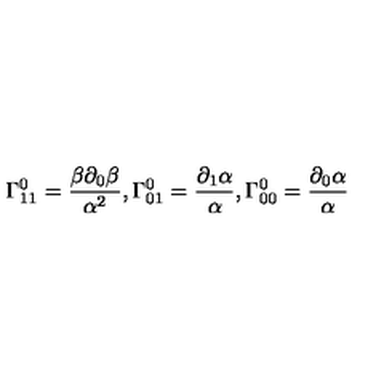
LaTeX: \Gamma _ { 1 1 } ^ { 0 } = \frac { \beta \partial _ { 0 } \beta } { \alpha ^ { 2 } } , \Gamma _ { 0 1 } ^ { 0 } = \frac { \partial _ { 1 } \alpha } { \alpha } , \Gamma _ { 0 0 } ^ { 0 } = \frac { \partial _ { 0 } \alpha } { \alpha }